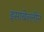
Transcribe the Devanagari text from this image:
इसाबेल्लीन